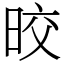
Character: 晈